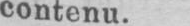
contenu.